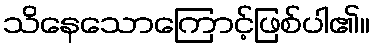
သိနေသောကြောင့်ဖြစ်ပါ၏။